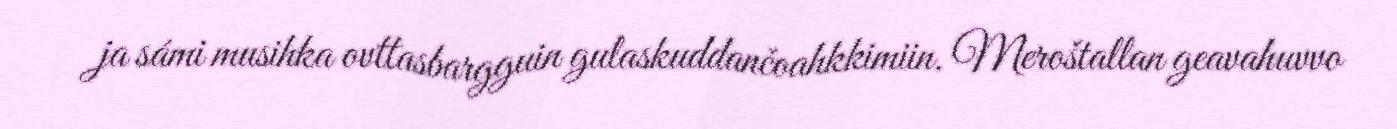
ja sámi musihka ovttasbargguin gulaskuddančoahkkimiin. Meroštallan geavahuvvo